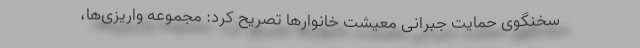
سخنگوی حمایت جبرانی معیشت خانوار‌ها تصریح کرد: مجموعه واریزی‌ها،